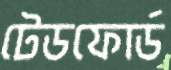
টেডফোর্ড